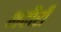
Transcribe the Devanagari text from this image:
भदौरी